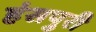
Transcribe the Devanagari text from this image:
हंसपुरी